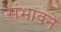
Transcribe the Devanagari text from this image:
संभावने